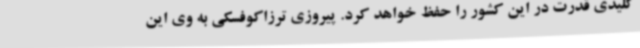
کلیدی قدرت در این کشور را حفظ خواهد کرد. پیروزی ترزاکوفسکی به وی این